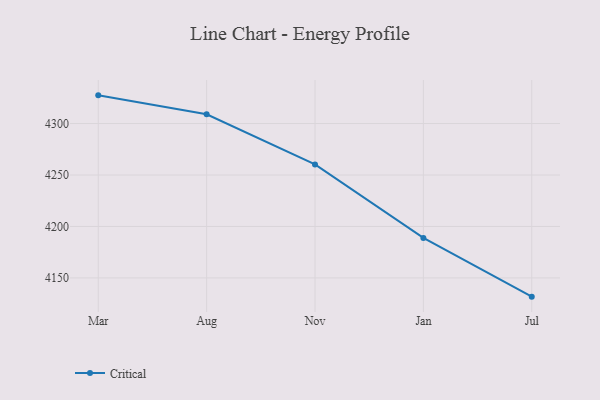
{"axis": {"x": "Month", "y": "LTV (USD)"}, "legend": ["Critical"], "data": [{"x": "Mar", "y": 4327.4, "type": "Critical"}, {"x": "Aug", "y": 4309.0, "type": "Critical"}, {"x": "Nov", "y": 4260.3, "type": "Critical"}, {"x": "Jan", "y": 4188.9, "type": "Critical"}, {"x": "Jul", "y": 4131.8, "type": "Critical"}]}